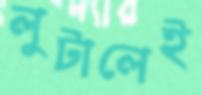
লুটালেই